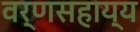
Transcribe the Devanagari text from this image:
वर्णसहाय्य